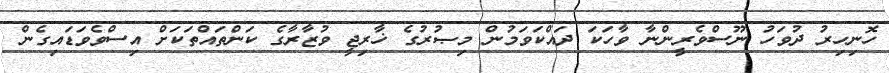
ހޮނިހިރު ދުވަހު ނޫސްވެރީންނާ ވާހަކަ ދައްކަވަމުން މިޞުރުގެ ޚާރިޖީ ވުޒާރާގެ ކަންތައްތަކަށް އިސްވެވަޑައިގެން